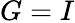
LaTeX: G=I